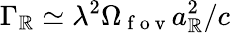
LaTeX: \Gamma_{\mathbb{R}}\simeq\lambda^{2}\Omega_{\mathrm{{~f~o~v~}}}a_{\mathbb{R}}^{2}/c